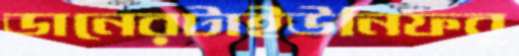
ডানেরটাইউনিফর্